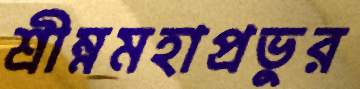
শ্রীম্নমহাপ্রভুর